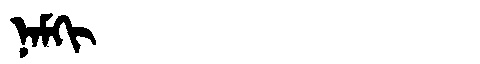
Manchu: ᠨᠠᠮᡴᡳ
Romanization: NAMKI